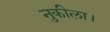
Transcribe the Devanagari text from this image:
नुकीला।